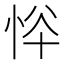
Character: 𢙋